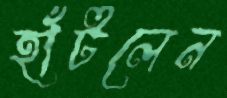
হাঁটলেন